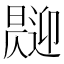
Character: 𱢧